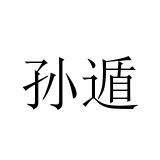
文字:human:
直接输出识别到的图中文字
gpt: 孙遁